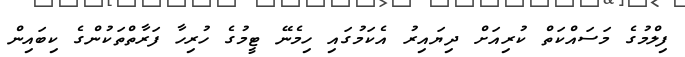
ފިލްމުގެ މަސައްކަތް ކުރިއަށް ދިޔައިރު އެކަމުގައި ހިމެނޭ ޓީމުގެ ހުރިހާ ފަރާތްތަކުންގެ ކިބައިން